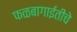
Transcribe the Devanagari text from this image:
फळबागाईतीचे